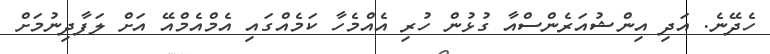
ހެދޭނެ. އަދި އިންޝުއަރެންސްއާ ގުޅުން ހުރި އެއްމެހާ ކަމެއްގައި އެމްއެމްއޭ އަށް ލަފާދިނުމަށް